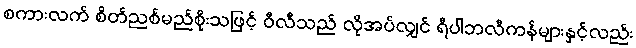
စကားလက် စိတ်ညစ်မည်စိုးသဖြင့် ဝီလီသည် လိုအပ်လျှင် ရီပါဘလီကန်များနှင့်လည်း